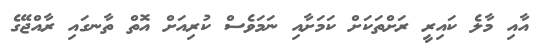
އާއި މާލެ ކައިރީ ރަށްތަކަށް ކަމަށާއި ނަމަވެސް ކުރިއަށް އޮތް ތާނގައި ރާއްޖޭގެ